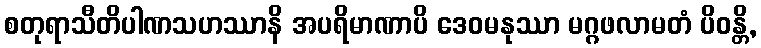
စတုရာသီတိပါဏသဟဿာနိ အပရိမာဏာပိ ဒေဝမနုဿာ မဂ္ဂဖလာမတံ ပိဝန္တိ,